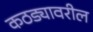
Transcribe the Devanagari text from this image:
कठड्यावरील